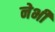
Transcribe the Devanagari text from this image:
नेभी